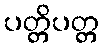
ပတ္တိပတ္တ